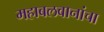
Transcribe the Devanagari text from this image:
महाबलवानांचा